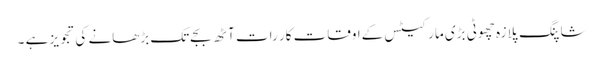
شاپنگ پلازہ چھوٹی بڑی مارکیٹس کےاوقات کار رات آٹھ بجےتک بڑھانے کی تجویز ہے ۔